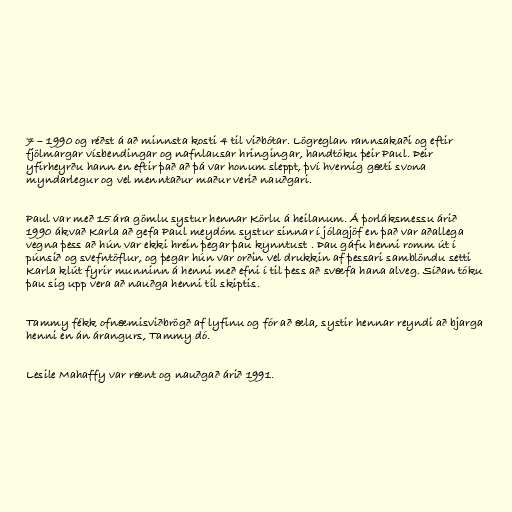
7 – 1990 og réðst á að minnsta kosti 4 til viðbótar. Lögreglan rannsakaði og eftir
fjölmargar vísbendingar og nafnlausar hringingar, handtóku þeir Paul. Þeir
yfirheyrðu hann en eftir það að þá var honum sleppt, því hvernig gæti svona
myndarlegur og vel menntaður maður verið nauðgari.

Paul var með 15 ára gömlu systur hennar Körlu á heilanum. Á þorláksmessu árið
1990 ákvað Karla að gefa Paul meydóm systur sinnar í jólagjöf en það var aðallega
vegna þess að hún var ekki hrein þegar þau kynntust . Þau gáfu henni romm út í
púnsið og svefntöflur, og þegar hún var orðin vel drukkin af þessari samblöndu setti
Karla klút fyrir munninn á henni með efni í til þess að svæfa hana alveg. Síðan tóku
þau sig upp vera að nauðga henni til skiptis.

Tammy fékk ofnæmisviðbrögð af lyfinu og fór að æla, systir hennar reyndi að bjarga
henni en án árangurs, Tammy dó.

Lesile Mahaffy var rænt og nauðgað árið 1991.